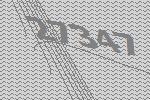
27347